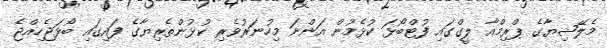
މެލޭޝިޔާގެ ޕްރިމްއާ ލީގްގައި ފުޓްބޯޅަ ކުޅެމުން އަންނަ މިހުނަރުވެރި ކުޅުންތެރިޔާގެ ފައިގައި ބޯޅަޖެހިއްޖެ